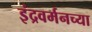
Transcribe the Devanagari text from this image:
इंद्रवर्मनच्या